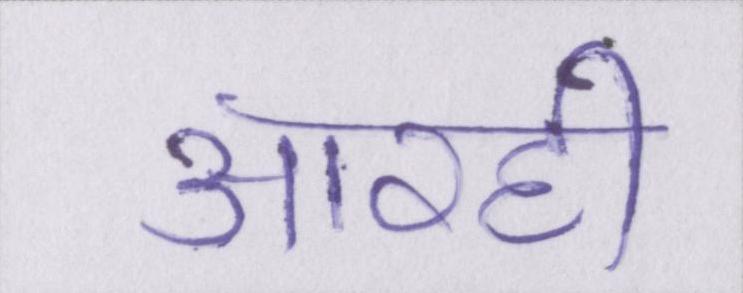
आरही